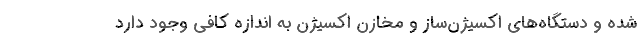
شده و دستگاه‌های اکسیژن‌ساز و مخازن اکسیژن به اندازه کافی وجود دارد